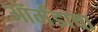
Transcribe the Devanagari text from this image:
ऑर्मंडाचा